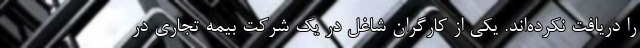
را دریافت نکرده‌اند. یکی از کارگران شاغل در یک شرکت بیمه تجاری در